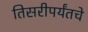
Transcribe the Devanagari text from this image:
तिसरीपर्यंतचे